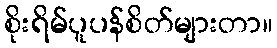
စိုးရိမ်ပူပန်စိတ်များတာ။